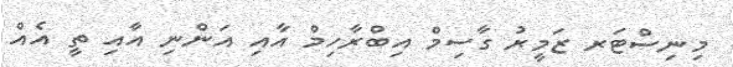
މިނިސްޓަރ ޒަމީރު ގާސިމް އިބްރާހިމް އާއި އަންނި އާއި ތީ އެއް